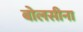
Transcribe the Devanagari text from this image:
बोलसीना